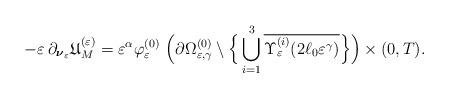
LaTeX: \begin{align*}- \varepsilon \, \partial_{\boldsymbol{\nu}_\varepsilon} \mathfrak{U}_{M}^{(\varepsilon)} = \varepsilon^{\alpha} \varphi^{(0)}_\varepsilon \ \Big(\partial\Omega^{(0)}_{\varepsilon, \gamma} \setminus \Big\{ \bigcup_{i=1}^3 \overline{\Upsilon_\varepsilon^{(i)} (2\ell_0 \varepsilon^\gamma)}\Big\} \Big) \times (0, T).\end{align*}